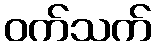
ဝက်သက်